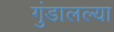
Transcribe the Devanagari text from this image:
गुंडालल्या